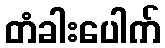
တံခါးပေါက်